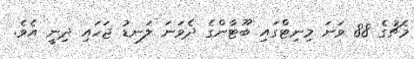
މެޗުގެ 88 ވަނަ މިނިޓްގައި ބޫޓާންގެ ދެވަނަ ލަނޑު ޖަހައި ދިނީ އެވެ.